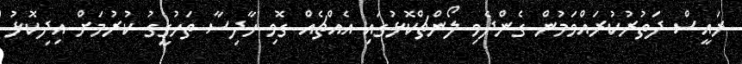
ރައީސް ދަތުރުކުރައްވަމުން ގެންދެވި ލޯންޗްކޮޅުގައި އެއްޗެއް ގޮވި ހާދިސާ ތަހުގީގު ކުރުމަށް އިދިކޮޅު